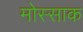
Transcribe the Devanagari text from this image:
मोस्साक